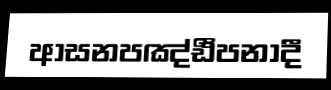
ආසනපඤ්ඪීපනාදී